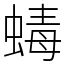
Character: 蝳